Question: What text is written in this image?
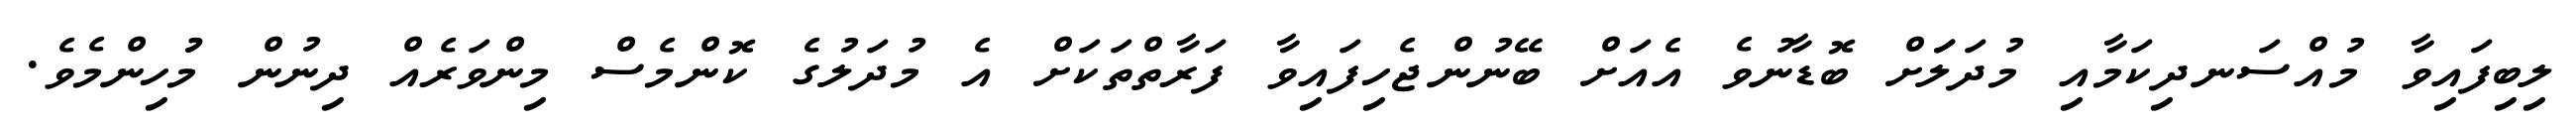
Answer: ލިބިފައިވާ މުއްސަނދިކަމާއި މުދަލަަށް ބޮޑާނުވެ އެއަށް ބޭނުންޖެހިފައިވާ ފަރާތްތަކަށް އެ މުދަލުގެ ކޮންމެސް މިންވަރެއް ދިނުން މުުހިންމެވެ.